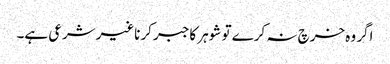
اگر وہ خرچ نہ کرے تو شوہر کاجبر کرناغیرشرعی ہے۔